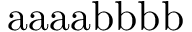
\mathrm { a a a a b b b b }